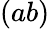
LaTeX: (ab)